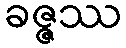
ခဇ္ဇဿ